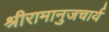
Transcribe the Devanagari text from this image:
श्रीरामानुजचार्य